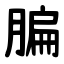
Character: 䐔